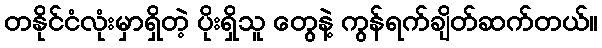
တနိုင်ငံလုံးမှာရှိတဲ့ ပိုးရှိသူ တွေနဲ့ ကွန်ရက်ချိတ်ဆက်တယ်။